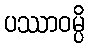
ပဿာဝမ္ပိ